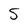
Character: S